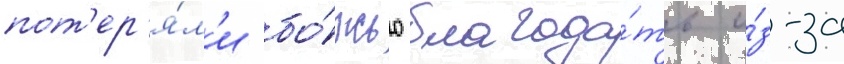
пот'ер'я́л'и бо́жью благода́ть и́з-за